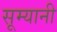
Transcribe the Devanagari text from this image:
सूम्‍यानी